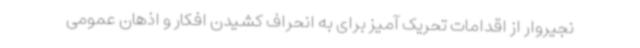
نجیروار از اقدامات تحریک آمیز برای به انحراف کشیدن افکار و اذهان عمومی